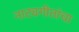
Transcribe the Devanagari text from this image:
नाट्यगीतांचा